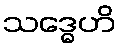
သဒ္ဓေဟိ